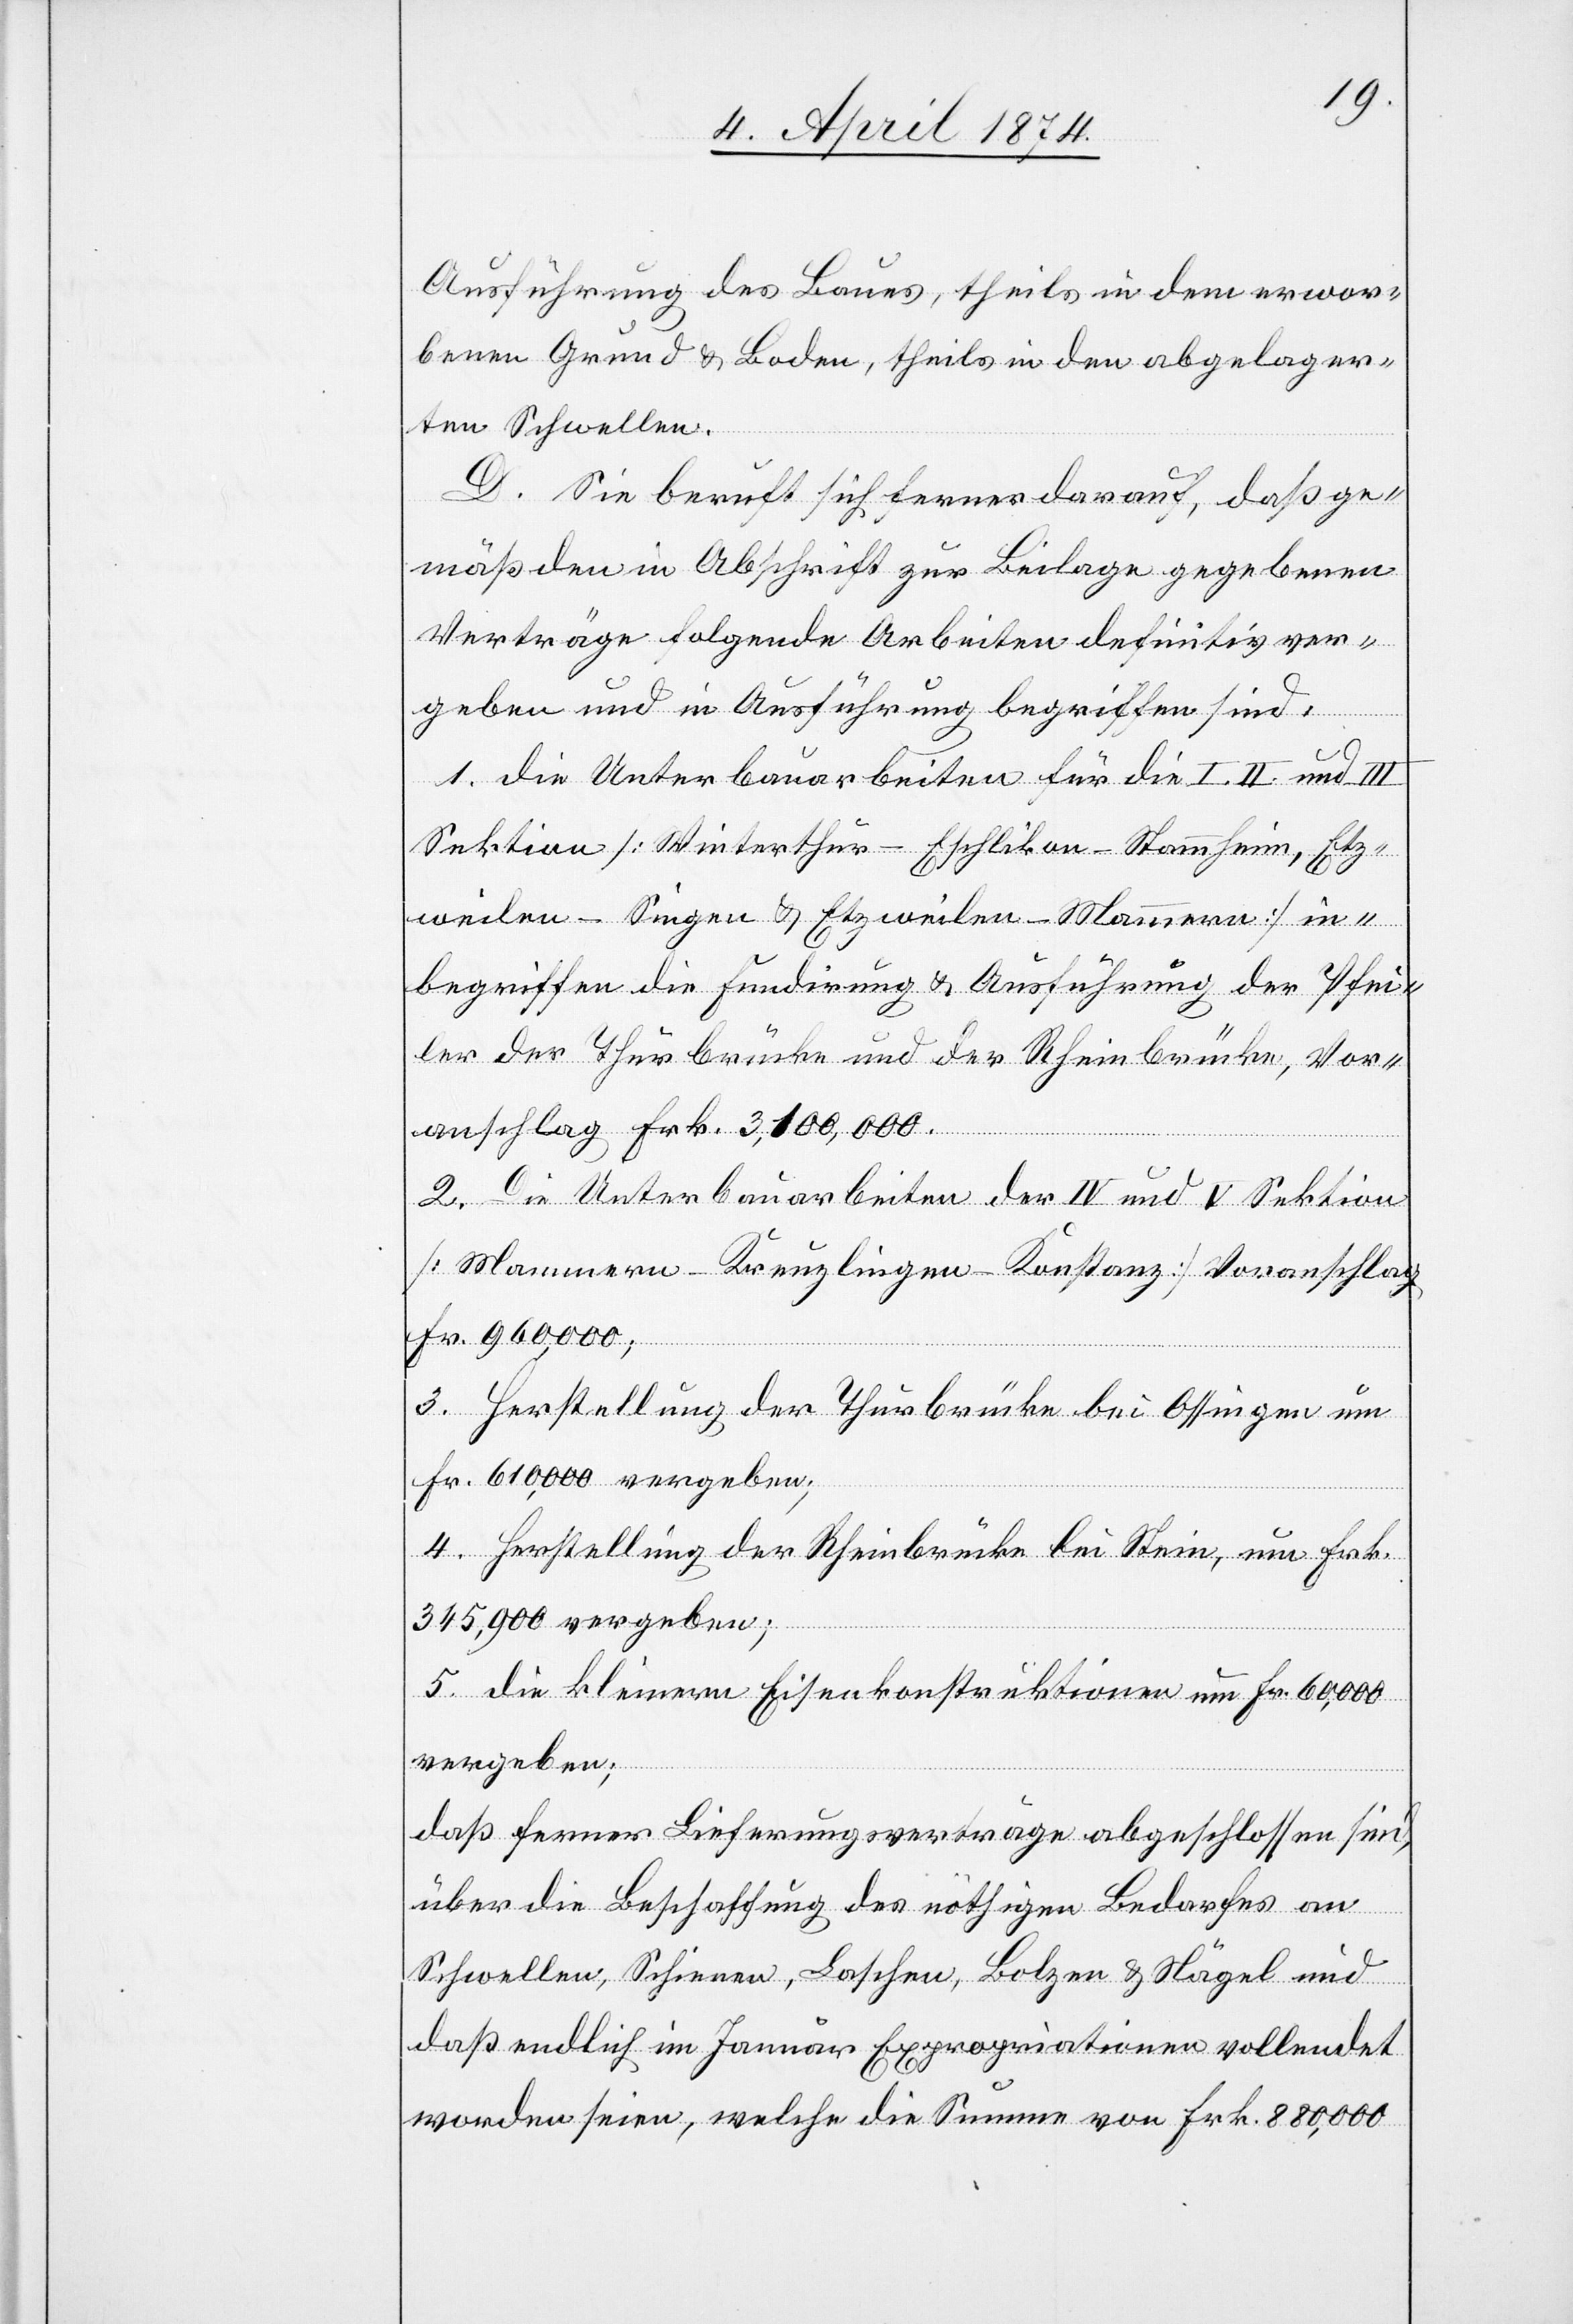
Ausführung des Baues, theils in dem erwor¬
benen Grund u. Boden, theils in den abgelager¬
ten Schwellen.
D. Sie beruft sich ferner darauf, daß ge¬
mäß den in Abschrift zur Beilage gegebenen
Verträge[n] folgende Arbeiten definitiv ver¬
geben und in Ausführung begriffen sind:
1. Die Unterbauarbeiten für die I.[,] II. und III.
Sektion [Winterthur-Eschlikon-Stammheim, Etz¬
weilen-Singen u. Etzweilen-Mammern] in¬
begriffen die Fundirung u. Ausführung der Pfei¬
ler der Thurbrücke und der Rheinbrücke, Vor¬
anschlag Frk. 3,100,000.
2. Die Unterbauarbeiten der IV und V Sektion
[Mammern-Kreuzlingen-Konstanz] Voranschlag
Fr. 960,000;
3. Herstellung der Thurbrücke bei Ossingen um
Fr. 610,000 vergeben;
4. Herstellung der Rheinbrücke bei Stein, um Frk.
345,900 vergeben;
5. die kleinern Eisenkonstruktionen um Fr. 60,000
vergeben;
daß ferner Lieferungsverträge abgeschlossen sind,
über die Beschaffung des nöthigen Bedarfes an
Schwellen, Schienen, Laschen, Bolzen u. Nägel und
daß endlich im Januar Expropriationen vollendet
worden seien, welche die Summe von Frk. 880,000